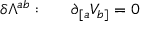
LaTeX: \delta \Lambda ^ { a b } : ~ ~ ~ ~ ~ \partial _ { [ a } V _ { b ] } = 0